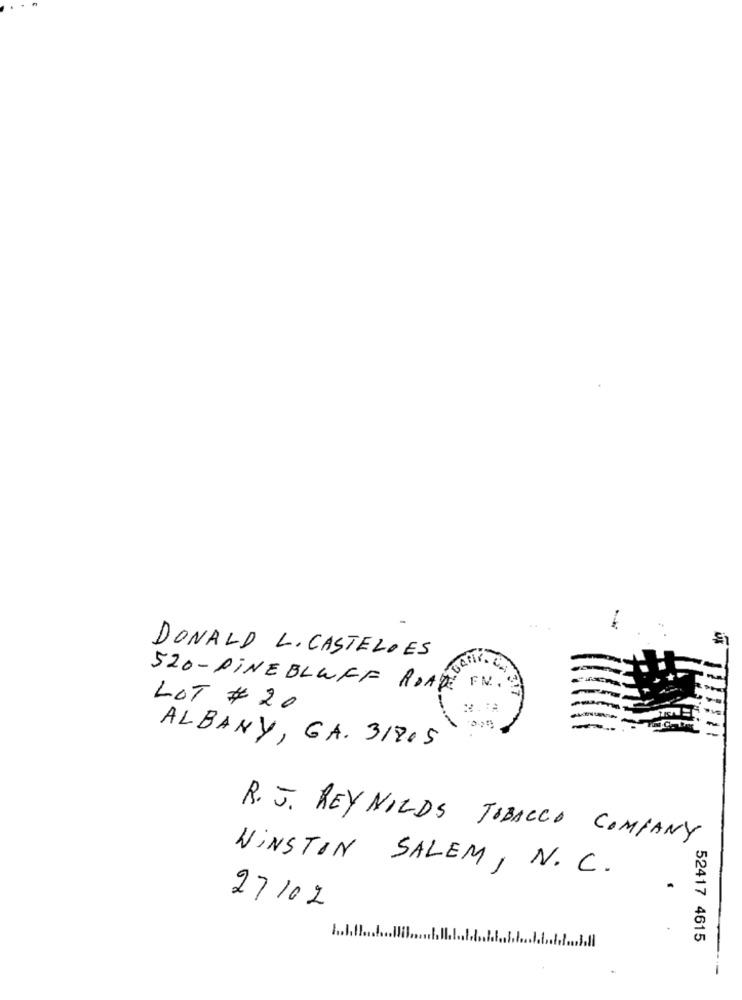
DONALD L. CASTELOES
520- PINEBLUFF ROAD FN. S
LOT # 20
ALBANY, GA. 31805
R. J. REYNOLDS TOBACCO COMPANY
WINSTON SALEM , N. C.
27/02
52417 4615